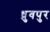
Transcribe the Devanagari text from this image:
ध्रुवपुर